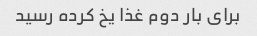
برای بار دوم غذا یخ کرده رسید